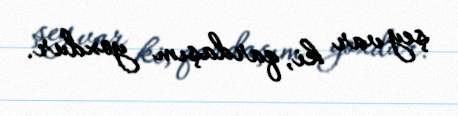
şey var ki, qardaşım yoxdur.